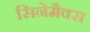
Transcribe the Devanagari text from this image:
सिनेमैक्स